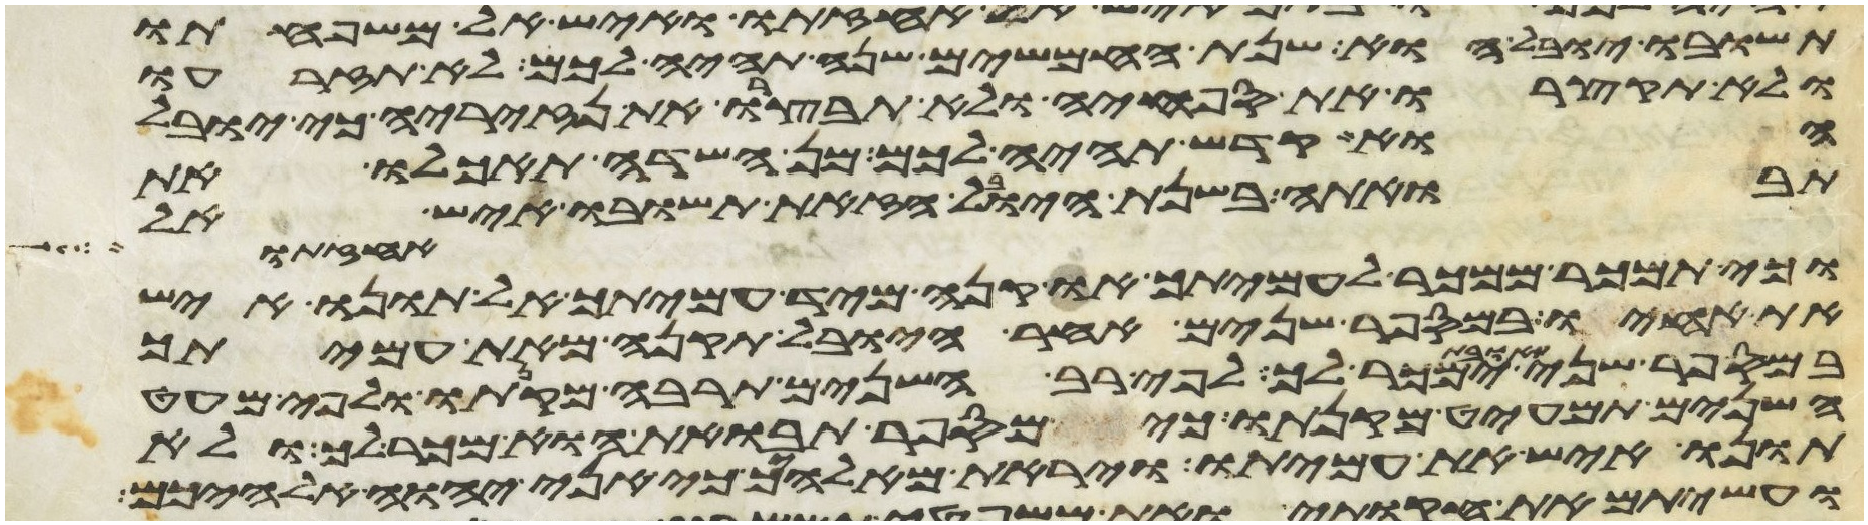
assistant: תשובו יובל הוא שנת החמשים שנה תהיה לכם לא תזרעו
ולא תקצרו את ספחיה ולא תבצרו את נזיריה כי יובל
הוא קדש תהיה לכם מן השדה תאכלו את
תבואתה בשנת היובל הזאת תשובו איש אל
אחזתו
וכי תמכר ממכר לעמיתך או קנה מיד עמיתך אל תונו איש
את אחיו במספר שנים אחר היובל תקנה מאת עמיתך
במספר שני תבואת ימכר לך לפי רב השנים תרבה מקנתו ולפי מעט
השנים תמעיט מקנתו כי מספר תבואת הוא מכר לך ולא
תונו איש את עמיתו ויראת מאלהיך כי אני יהוה אלהיכם